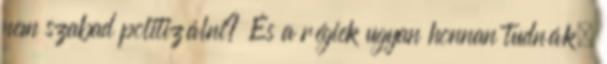
nem szabad politizálni? És a régiek ugyan honnan tudnák,